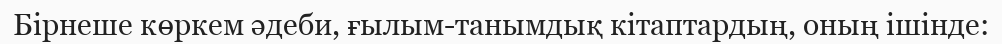
Бірнеше көркем әдеби, ғылым-танымдық кітаптардың, оның ішінде: